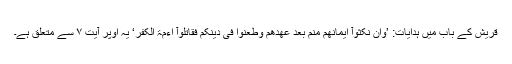
قریش کے باب میں ہدایات: ’وَاِنْ نَّکَثُوْآ اَیْمَانَھُمْ مِّنْم بَعْدِ عَھْدِھِمْ وَطَعَنُوْا فِیْ دِیْنِکُمْ فَقَاتِلُوْآ اَءِمَّۃَ الْکُفْرِ‘ یہ اوپر آیت ۷ سے متعلق ہے۔